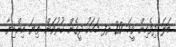
ބަލަ ދިވެހިން ވީމަ 20 ރފ މަހަކު ދީގެން ކުރުވަން. ތިޔަ އިންޑިޔާ